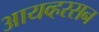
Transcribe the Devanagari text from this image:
आयव्हरसन